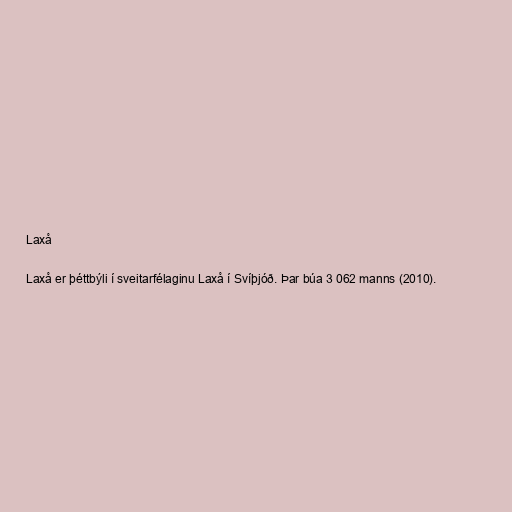
Laxå

Laxå er þéttbýli í sveitarfélaginu Laxå í Svíþjóð. Þar búa 3 062 manns (2010).